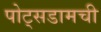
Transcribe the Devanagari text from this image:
पोट्सडामची